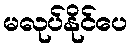
မလုပ်နိုင်ပေ